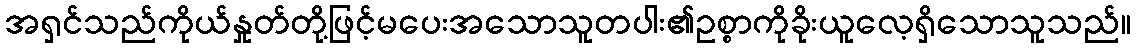
အရှင်သည်ကိုယ်နှုတ်တို့ဖြင့်မပေးအသောသူတပါး၏ဥစ္စာကိုခိုးယူလေ့ရှိသောသူသည်။